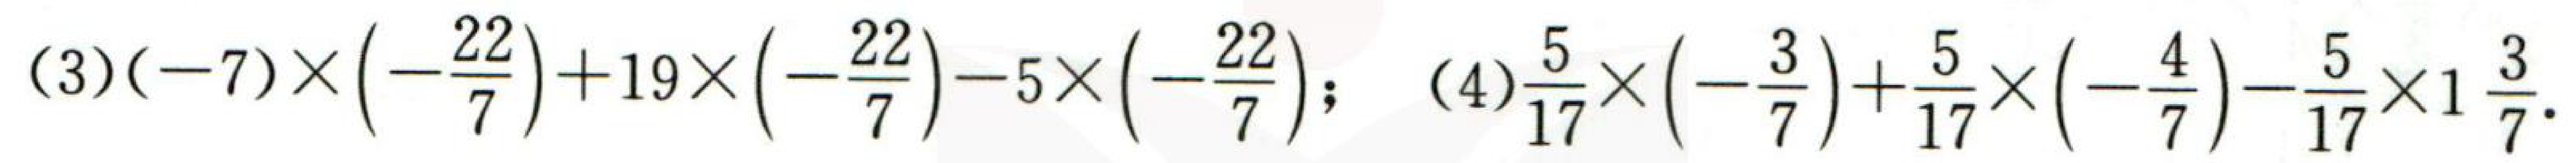
(3)$(-7)\times\left(-\frac{22}{7}\right)+19\times\left(-\frac{22}{7}\right)-5\times\left(-\frac{22}{7}\right)$; (4)$\frac{5}{17}\times\left(-\frac{3}{7}\right)+\frac{5}{17}\times\left(-\frac{4}{7}\right)-\frac{5}{17}\times1\frac{3}{7}$.